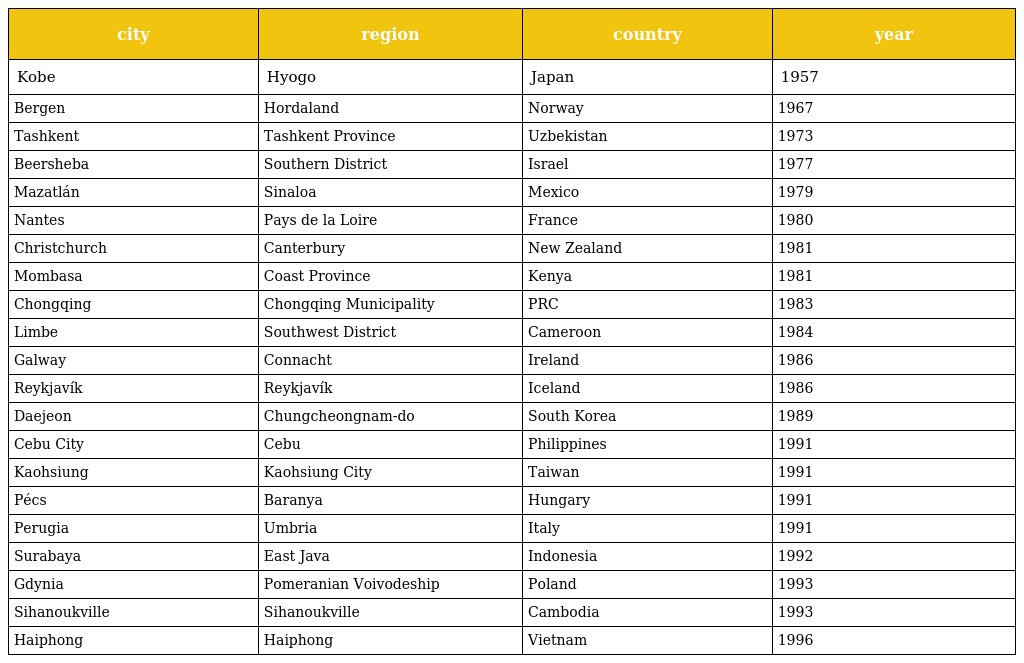
| city | region | country | year |
 | --- | --- | --- | --- |
 | Kobe | Hyogo | Japan | 1957 |
 | Bergen | Hordaland | Norway | 1967 |
 | Tashkent | Tashkent Province | Uzbekistan | 1973 |
 | Beersheba | Southern District | Israel | 1977 |
 | Mazatlán | Sinaloa | Mexico | 1979 |
 | Nantes | Pays de la Loire | France | 1980 |
 | Christchurch | Canterbury | New Zealand | 1981 |
 | Mombasa | Coast Province | Kenya | 1981 |
 | Chongqing | Chongqing Municipality | PRC | 1983 |
 | Limbe | Southwest District | Cameroon | 1984 |
 | Galway | Connacht | Ireland | 1986 |
 | Reykjavík | Reykjavík | Iceland | 1986 |
 | Daejeon | Chungcheongnam-do | South Korea | 1989 |
 | Cebu City | Cebu | Philippines | 1991 |
 | Kaohsiung | Kaohsiung City | Taiwan | 1991 |
 | Pécs | Baranya | Hungary | 1991 |
 | Perugia | Umbria | Italy | 1991 |
 | Surabaya | East Java | Indonesia | 1992 |
 | Gdynia | Pomeranian Voivodeship | Poland | 1993 |
 | Sihanoukville | Sihanoukville | Cambodia | 1993 |
 | Haiphong | Haiphong | Vietnam | 1996 |